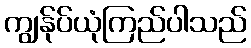
ကျွန်ုပ်ယုံကြည်ပါသည်